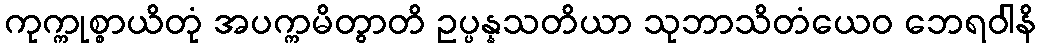
ကုက္ကုစ္စာယိတုံ အပက္ကမိတွာတိ ဥပ္ပန္နသတိယာ သုဘာသိတံယေဝ ဘေရဝါနိ